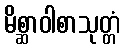
မိစ္ဆာဝါစာသုတ္တံ